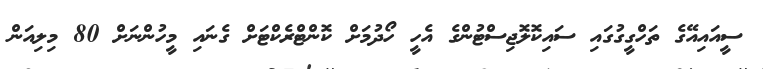
ސީއައިއޭގެ ތަހްގީގުގައި ސައިކޮލޮޖިސްޓުންގެ އެހީ ހޯދުމަށް ކޮންޓްރެކްޓަށް ގެނައި މީހުންނަށް 80 މިލިއަން